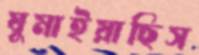
ঘুমাইয়াছিস